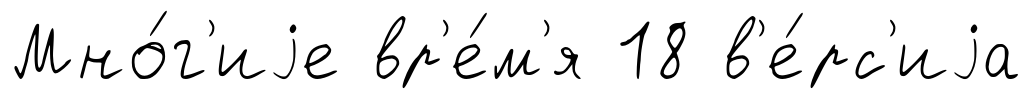
Мно́г'иjе вр'е́м'я 18 в'е́рс'иjа